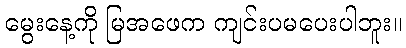
မွေးနေ့ကို မြအဖေက ကျင်းပမပေးပါဘူး။